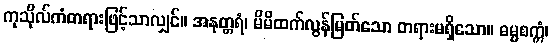
ကုသိုလ်ကံတရားဖြင့်သာလျှင်။ အနုတ္တရံ၊ မိမိထက်လွန်မြတ်သော တရားမရှိသော။ ဓမ္မစက္ကံ၊